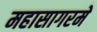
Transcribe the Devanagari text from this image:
महासागरमें